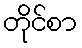
တိုင်စာ